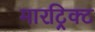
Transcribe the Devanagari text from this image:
मारट्रिक्ट